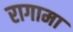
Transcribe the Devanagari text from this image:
रागामा